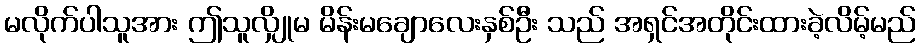
မလိုက်ပါသူအား ဤသူလျှိုမ မိန်းမချောလေးနှစ်ဦး သည် အရှင်အတိုင်းထားခဲ့လိမ့်မည်